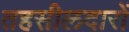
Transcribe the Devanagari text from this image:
तहसीलदारों